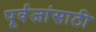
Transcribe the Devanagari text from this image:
पूर्वजांसाठी